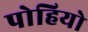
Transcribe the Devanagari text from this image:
पोहियो